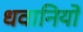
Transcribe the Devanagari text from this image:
धवानियों